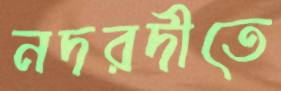
নদরদীতে